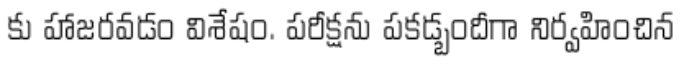
కు హాజరవడం విశేషం. పరీక్షను పకడ్బందీగా నిర్వహించిన